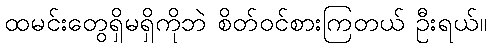
ထမင်းတွေရှိမရှိကိုဘဲ စိတ်ဝင်စားကြတယ် ဦးရယ်။